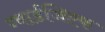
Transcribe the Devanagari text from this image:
ग्वार्डजिएफ